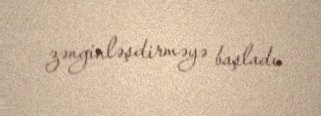
zənginləşdirməyə başladı.